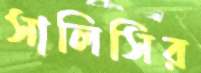
সালিসির